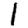
Digit: 1